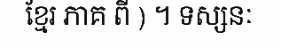
ខ្មែរ ភាគ ពី ) ។ ទស្សនៈ